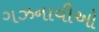
ગઝનાવીઓ